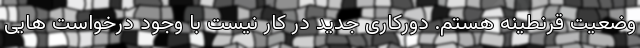
وضعیت قرنطینه هستم. دورکاری جدید در کار نیست با وجود درخواست هایی